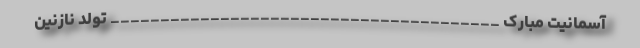
آسمانیت مبارک _______________________________________ تولد نازنین